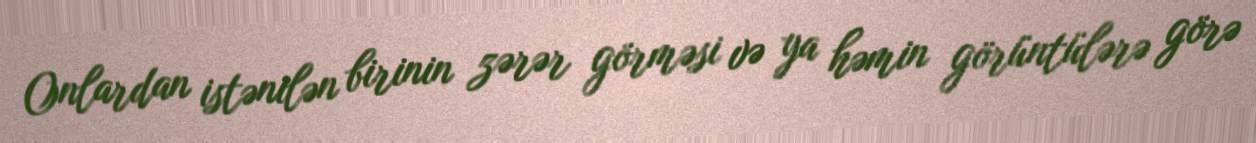
Onlardan istənilən birinin zərər görməsi və ya həmin görüntülərə görə